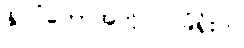
နိုင်ငံတော်အတိုင်ပင်ခံရုံးက